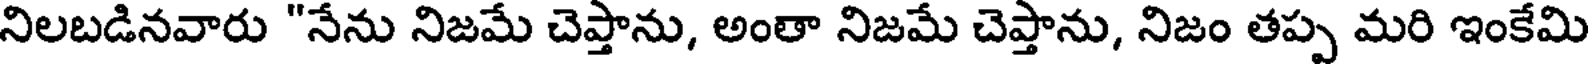
నిలబడినవారు "నేను నిజమే చెప్తాను, అంతా నిజమే చెప్తాను, నిజం తప్ప మరి ఇంకేమి